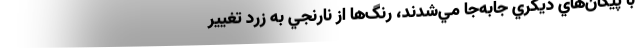
با پيكان‌هاي ديگري جابه‌جا مي‌شدند، رنگ‌ها از نارنجي به زرد تغيير